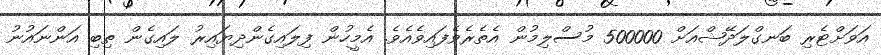
އަވަށްޓެރި ބަނގްލަދޭޝްއަށް 500000 މުސްލިމުން އެތެރެވެފައިވެއެވެ. އެމީހުން ފިލައިގެންދިޔައިރު ލައިގެން ތިބި އަންނައުނު